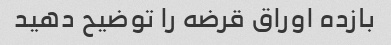
بازده اوراق قرضه را توضیح دهید